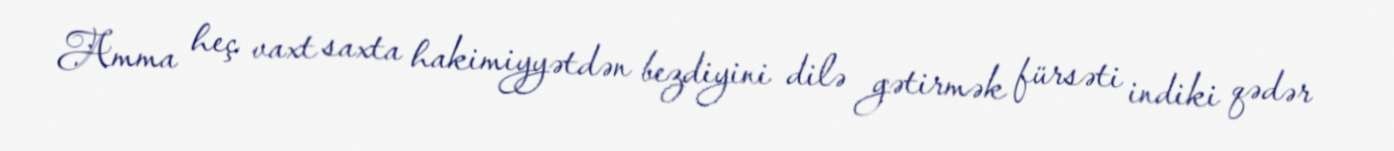
Amma heç vaxt saxta hakimiyyətdən bezdiyini dilə gətirmək fürsəti indiki qədər